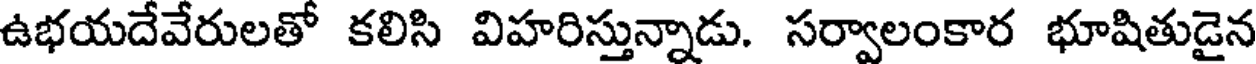
ఉభయదేవేరులతో కలిసి విహరిస్తున్నాడు. సర్వాలంకార భూషితుడైన